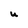
Character: U